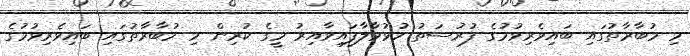
މި މުބާރާތުގައި ބައިވެރިވުމުގެ ފުރުސަތު ހުޅުވާލާފައިވާއިރު މީގެ ކުރިން މި މުބާރާތުގައި ބައިވެރިވުމުގެ